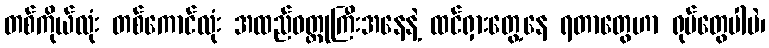
တစ်ကိုယ်လုံး တစ်ကောင်လုံး အထည်ဝတ္ထုကြီးအနေနဲ့ ထင်ရှားတွေ့နေ ရတာတွေဟာ ရုပ်တွေပါပဲ၊